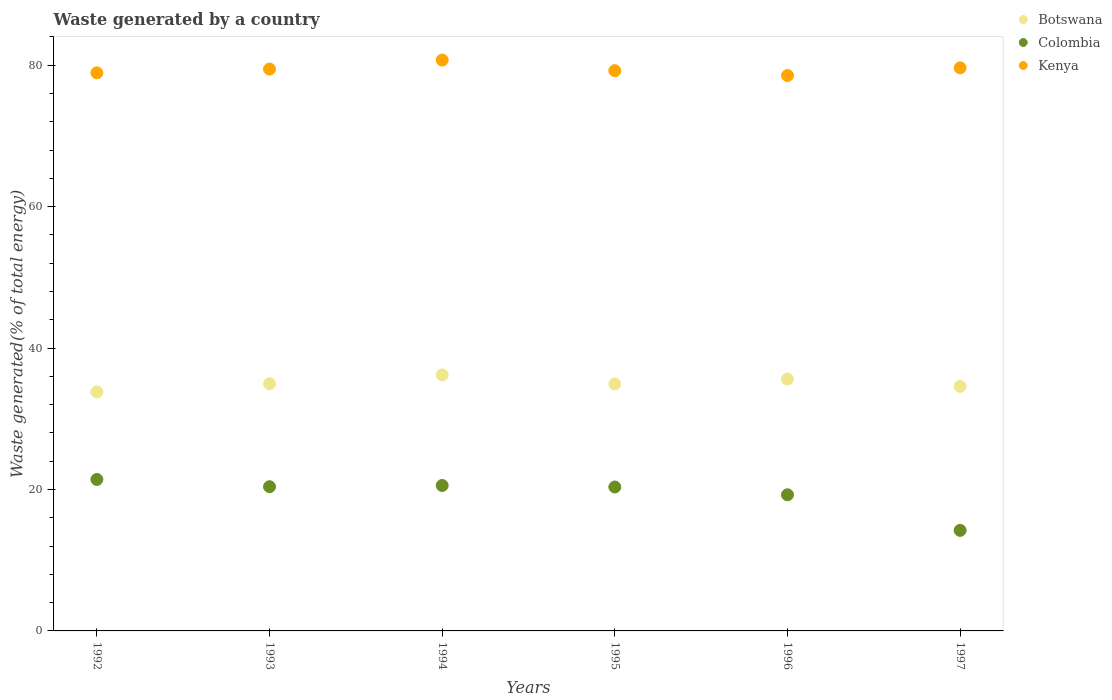
| Years | Botswana | Colombia | Kenya |
 | --- | --- | --- | --- |
 | 1992 | 33.8 | 21.4 | 78.9 |
 | 1993 | 35 | 20.4 | 79.5 |
 | 1994 | 36.2 | 20.6 | 80.7 |
 | 1995 | 34.9 | 20.4 | 79.2 |
 | 1996 | 35.6 | 19.3 | 78.5 |
 | 1997 | 34.6 | 14.2 | 79.6 |